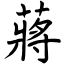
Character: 蔣